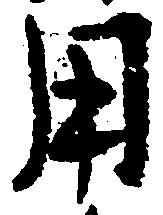
用